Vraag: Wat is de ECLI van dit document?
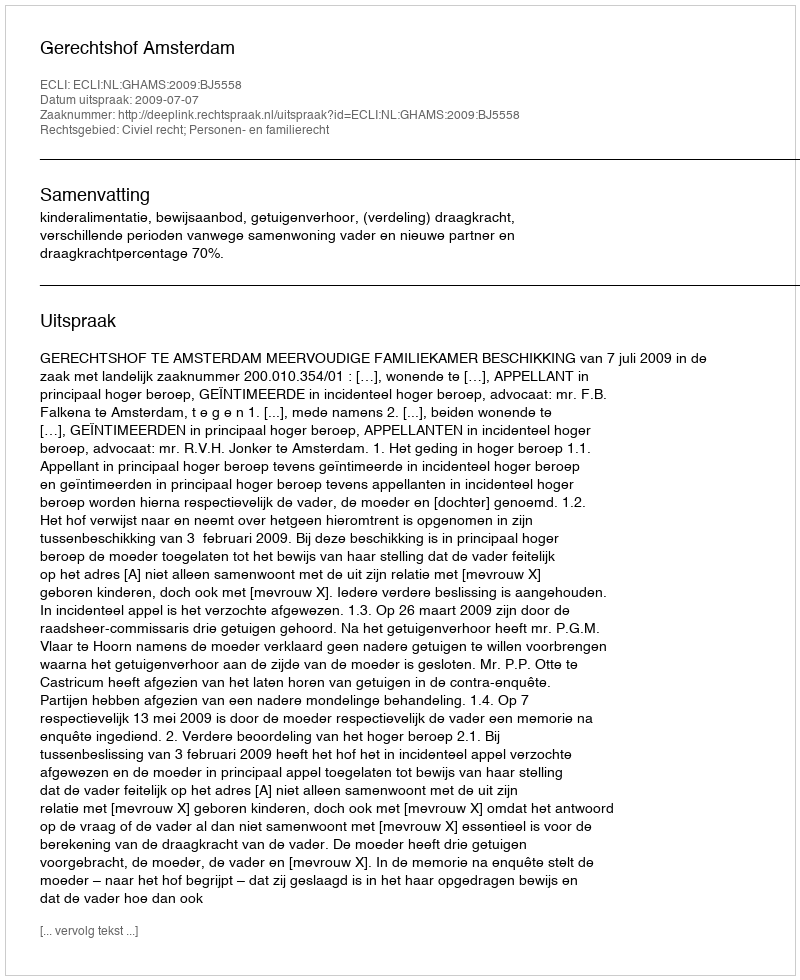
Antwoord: ECLI:NL:GHAMS:2009:BJ5558